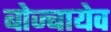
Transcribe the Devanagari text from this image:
बोज्बायेव